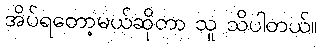
အိပ်ရတော့မယ်ဆိုတာ သူ သိပါတယ်။